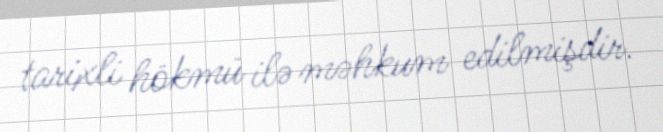
tarixli hökmü ilə məhkum edilmişdir.